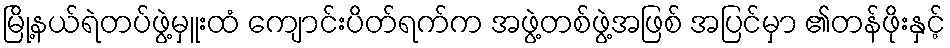
မြို့နယ်ရဲတပ်ဖွဲ့မှူးထံ ကျောင်းပိတ်ရက်က အဖွဲ့တစ်ဖွဲ့အဖြစ် အပြင်မှာ ၏တန်ဖိုးနှင့်